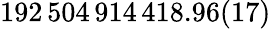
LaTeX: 192\, 504\, 914\, 418.96(17)